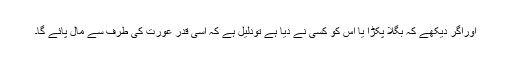
اوراگر دیکھے کہ بگلا پکڑا یا اس کو کسی نے دیا ہے تودلیل ہے کہ اسی قدر عورت کی طرف سے مال پائے گا۔